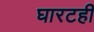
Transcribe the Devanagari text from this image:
घारटही